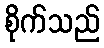
စိုက်သည်